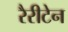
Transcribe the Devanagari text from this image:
रैरीटेन